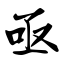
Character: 亟